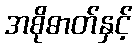
အစိုဓာတ်နှင့်